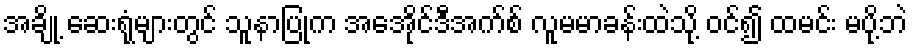
အချို့ ဆေးရုံများတွင် သူနာပြုက အေအိုင်ဒီအက်စ် လူမမာခန်းထဲသို့ ဝင်၍ ထမင်း မပို့ဘဲ